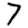
Digit: 7